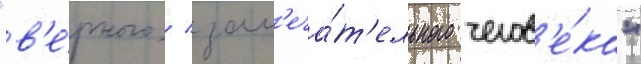
"в'е́рного / зам'еча́т'ельного челов'е́ка"